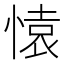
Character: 𮲊